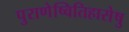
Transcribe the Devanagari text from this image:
पुराणेष्वितिहासेषु